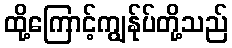
ထို့ကြောင့်ကျွန်ုပ်တို့သည်